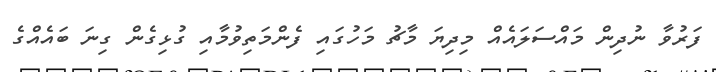
ފަރުވާ ނުދިން މައްސަލައެއް މިދިޔަ މާޗު މަހުގައި ފެންމަތިވުމާއި ގުޅިގެން ގިނަ ބައެއްގެ